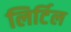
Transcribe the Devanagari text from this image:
लिर्टिल